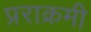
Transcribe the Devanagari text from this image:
प्रराक्रमी